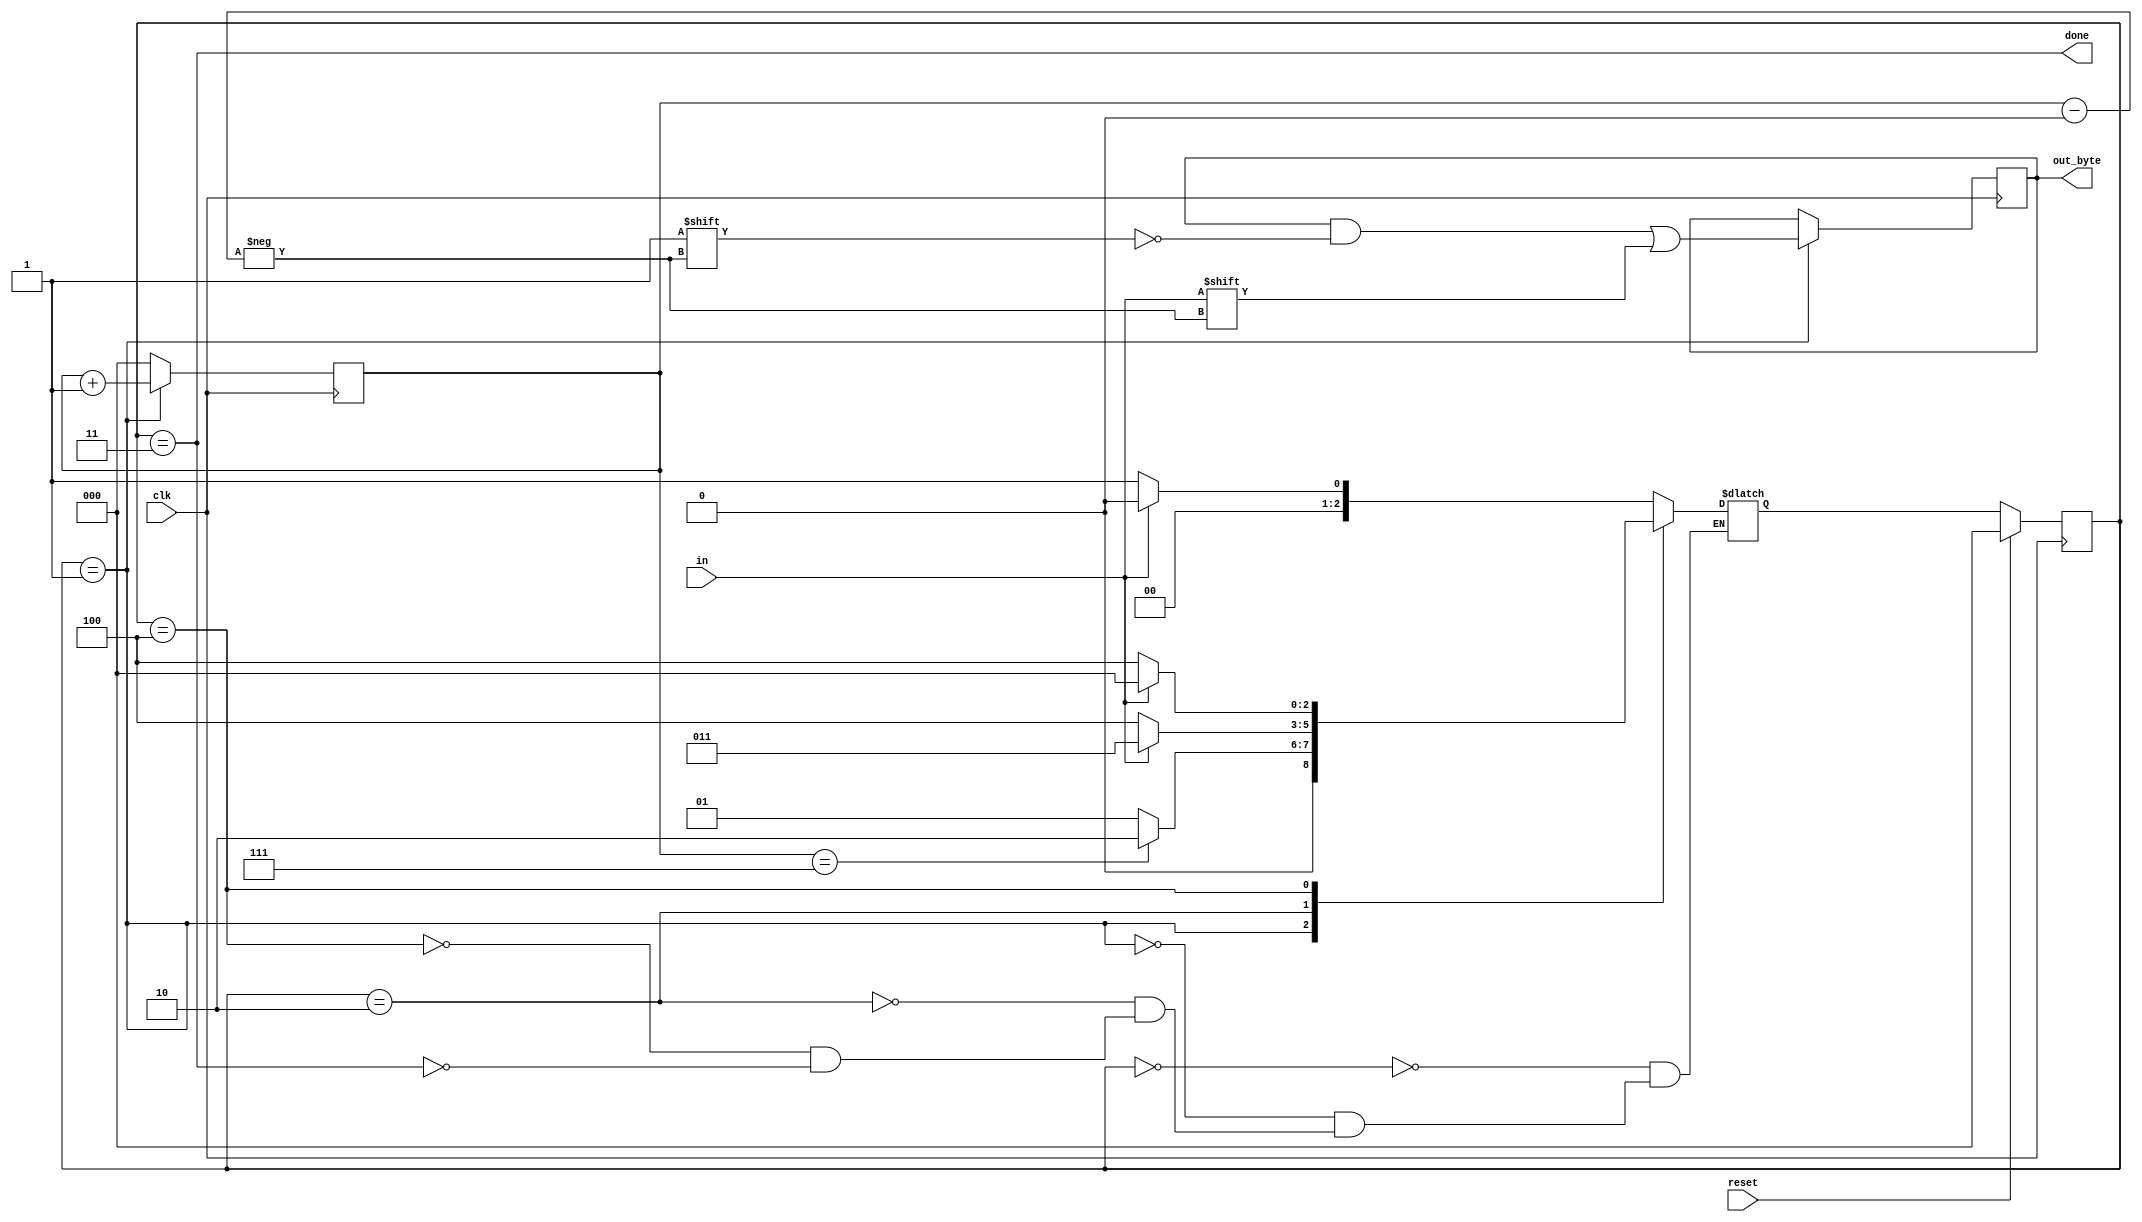
module top_module(
    input clk,
    input in,
    input reset,    // Synchronous reset
    output [7:0] out_byte,
    output done
); //

    // Use FSM from Fsm_serial

    parameter start = 0, data = 1, stop = 2, done_parameter = 3, wait_par=4;
    reg [2:0] state, next_state;
    reg [2:0] count;
    always @(posedge clk) begin
        if (state == data) begin
            
            count = count + 1;
        end else begin
            count = 0; 
        end
    end
    always @(*) begin
       
        case (state)
            start: next_state = !in ?  data : start;
            data: next_state = (count == 7) ? stop : data;
            stop: next_state = in ? done_parameter : wait_par;
            // stop in = 1 
            // (wait_par)start
            //  
            wait_par: next_state = in ? start : wait_par;  
            done_parameter: next_state = !in ? data :  start;
            
            
        endcase
    end
    
    always @(posedge clk) begin
       
        if (reset) begin
            state <= start;
        end else begin
            state <= next_state; 
        end
        
    end
    
    assign done = (state == done_parameter);
    
    // New: Datapath to latch input bits.
    reg [7:0] out_byte_reg;
    always @(posedge clk) begin
        if (state == data) begin
           
            out_byte_reg[count] <= in ;  // out_byte_reg[0] -> out_byte_reg[1] -> out_byte_reg[2]..
            
        end
        
        
    end
    assign out_byte = out_byte_reg;
endmodule